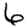
Digit: 6